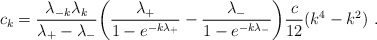
\begin{align*}c_k={\lambda_{-k}\lambda_k\over \lambda_+-\lambda_-} \bigg({\lambda_+\over 1-e^{-k\lambda_+}}-{\lambda_-\over 1-e^{-k\lambda_-}}\bigg){c\over12}(k^4-k^2) \ .\end{align*}